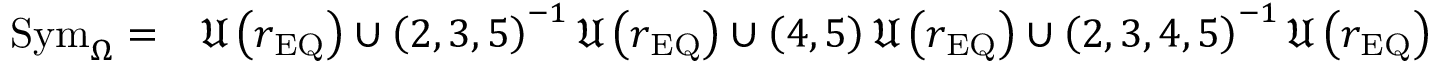
\begin{array} { r l } { \mathrm { S y m } _ { \Omega } = } & { { } \mathfrak { U } \left( r _ { \mathrm { E Q } } \right) \cup \left( 2 , 3 , 5 \right) ^ { - 1 } \mathfrak { U } \left( r _ { \mathrm { E Q } } \right) \cup \left( 4 , 5 \right) \mathfrak { U } \left( r _ { \mathrm { E Q } } \right) \cup \left( 2 , 3 , 4 , 5 \right) ^ { - 1 } \mathfrak { U } \left( r _ { \mathrm { E Q } } \right) } \end{array}